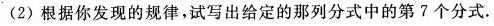
（2）根据你发现的规律，是写出给定的那列分时中的第7个分时.